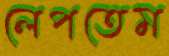
লেপতেম